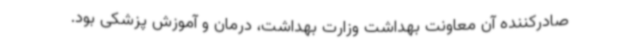
صادرکننده آن معاونت بهداشت وزارت بهداشت، درمان و آموزش پزشکی بود.